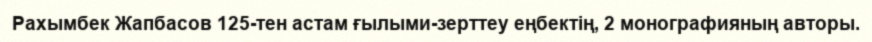
Рахымбек Жапбасов 125-тен астам ғылыми-зерттеу еңбектің, 2 монографияның авторы.